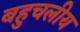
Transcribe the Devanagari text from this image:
बहुचलीय